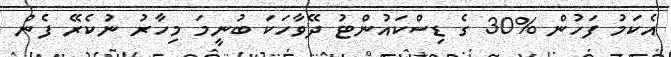
އެކަމު ފަހުން %30 ގެ ޑިސްކައުންޓު ދޭވާހަކަ ބުނީމަ މިހާރު ނުކެރޭ ފެން